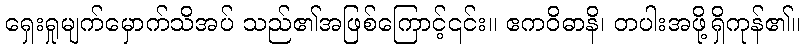
ရှေးရှုမျက်မှောက်သိအပ် သည်၏အဖြစ်ကြောင့်၎င်း။ ဧကဝိဓာနိ၊ တပါးအဖို့ရှိကုန်၏။